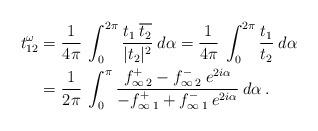
LaTeX: \begin{align*}t^\omega_{12} &= \frac{1}{4 \pi} \:\int_0^{2 \pi} \frac{t_1 \:\overline{t_2}}{|t_2|^2} \:d\alpha= \frac{1}{4 \pi} \:\int_0^{2 \pi} \frac{t_1}{t_2} \:d\alpha \\&= \frac{1}{2 \pi} \:\int_0^{\pi} \frac{f_{\infty\: 2}^+ - f_{\infty\: 2}^- \:e^{2 i \alpha}}{-f_{\infty\:1}^+ + f_{\infty\:1}^- \:e^{2 i \alpha}} \:d\alpha \:.\end{align*}